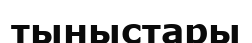
тыныстары